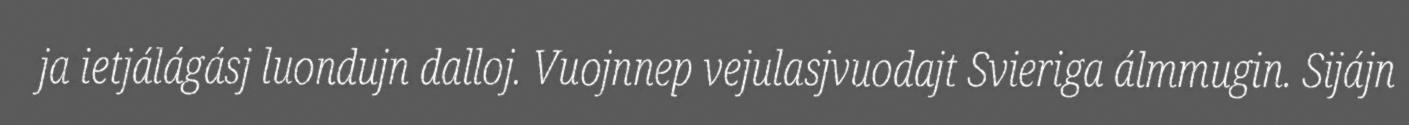
ja ietjálágásj luondujn dalloj. Vuojnnep vejulasjvuodajt Svieriga álmmugin. Sijájn